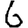
Digit: 6